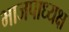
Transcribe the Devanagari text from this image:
भाजपाध्यक्ष